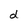
Character: d